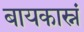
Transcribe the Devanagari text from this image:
बायकास्नं